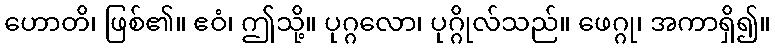
ဟောတိ၊ ဖြစ်၏။ ဧဝံ၊ ဤသို့။ ပုဂ္ဂလော၊ ပုဂ္ဂိုလ်သည်။ ဖေဂ္ဂု၊ အကာရှိ၍။